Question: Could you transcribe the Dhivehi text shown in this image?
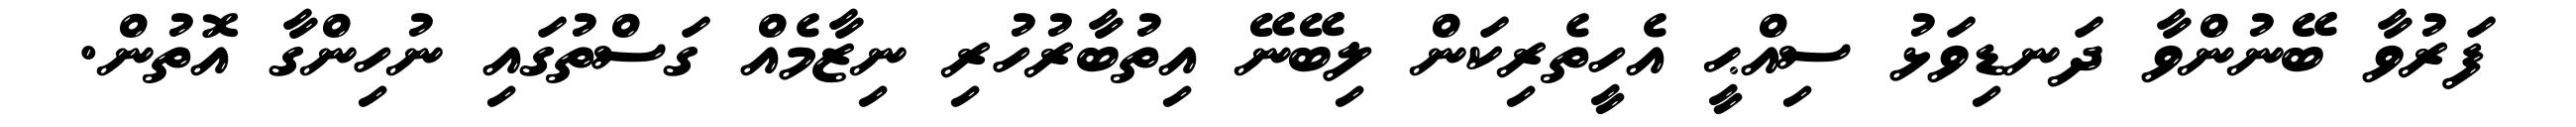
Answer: ފަރުވާ ބޭނުންވާ ދަނޑިވަޅު ސިއްޙީ އެހީތެރިކަން ލިބޭނޭ އިތުބާރުހުރި ނިޒާމެއް ގަސްތުގައި ނުހިންގާ އޮތުން.